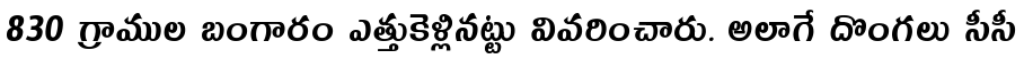
830 గ్రాముల బంగారం ఎత్తుకెళ్లినట్టు వివరించారు. అలాగే దొంగలు సీసీ